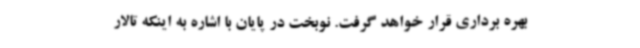
بهره برداری قرار خواهد گرفت. نوبخت در پایان با اشاره به اینکه تالار